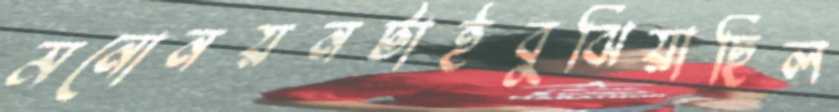
মনোনয়নটাইবুঝিয়াছিল